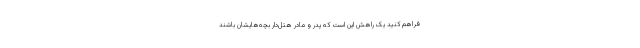
فراهم کنید یک راهش این است که پدر و مادر هتل‌دار بچه‌هایشان باشند